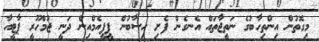
މިގޮތުން އިންތިހާބުގެ ނަތީޖާތައް އެނގެން ފެށި ހިސާބުން ޕީޕީއެމްއިން ދަނީ ޖުމްހޫރީ ޕާޓީއާ